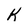
Character: K